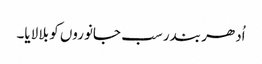
اُدھر بندر سب جانوروں کو بلا لایا۔